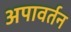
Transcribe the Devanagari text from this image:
अपावर्तन